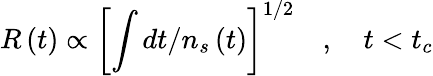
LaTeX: R\left(t\right)\propto\left[\int dt/n_{s}\left(t\right)\right]^{1/2}\quad,\quad t<t_{c}